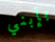
بإبني